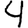
Digit: 4